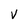
Character: V